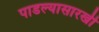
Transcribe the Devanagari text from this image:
पाडल्यासारखी